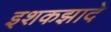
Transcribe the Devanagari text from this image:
इशकझादे